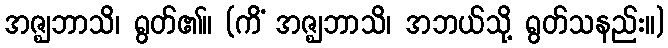
အဇ္ဈဘာသိ၊ ရွတ်၏။ (ကိံ အဇ္ဈဘာသိ၊ အဘယ်သို့ ရွတ်သနည်း။)